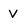
Character: v